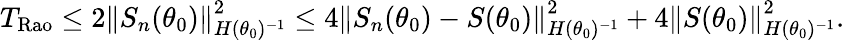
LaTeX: \begin{array}{r}{T_{\mathrm{Rao}}\le 2\left\lVert S_{n}(\theta_{0})\right\rVert_{H(\theta_{0})^{-1}}^{2}\le 4\left\lVert S_{n}(\theta_{0})-S(\theta_{0})\right\rVert_{H(\theta_{0})^{-1}}^{2}+4\left\lVert S(\theta_{0})\right\rVert_{H(\theta_{0})^{-1}}^{2}.}\end{array}